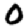
Digit: 0